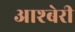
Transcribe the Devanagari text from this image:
आश्बेरी